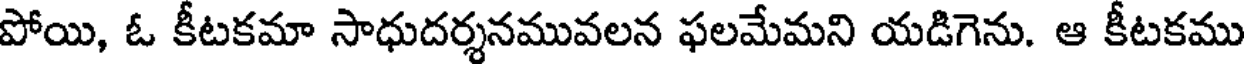
పోయి, ఓ కీటకమా సాధుదర్శనమువలన ఫలమేమని యడిగెను. ఆ కీటకము